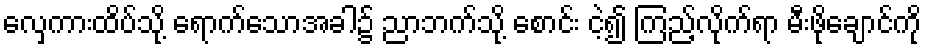
လှေကားထိပ်သို့ ရောက်သောအခါ၌ ညာဘက်သို့ စောင်း ငဲ့၍ ကြည့်လိုက်ရာ မီးဖိုချောင်ကို